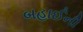
બહાઈની